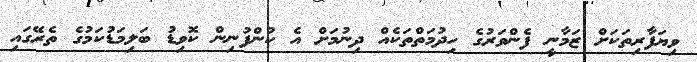
ވިޔަފާރިތަކަށް ޒަމާނީ ފެންވަރުގެ ހިދުމަތްތަކެއް ދިނުމަށް އެ ކުންފުނިން ކޮވިޑު ބަލިމަޑުކަމުގެ ތެރޭގައި